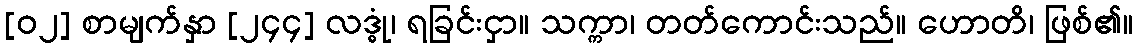
[၀၂] စာမျက်နှာ [၂၄၄] လဒ္ဓုံ၊ ရခြင်းငှာ။ သက္ကာ၊ တတ်ကောင်းသည်။ ဟောတိ၊ ဖြစ်၏။